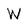
Character: W